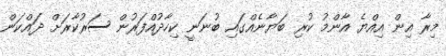
މިރާ އިން އިއްޔެ އާންމު ކުރި ބަޔާނެއްގައި ބުނަނީ ކިހާދުއްފަރުން ސަރުކާރަށް ދައްކަން